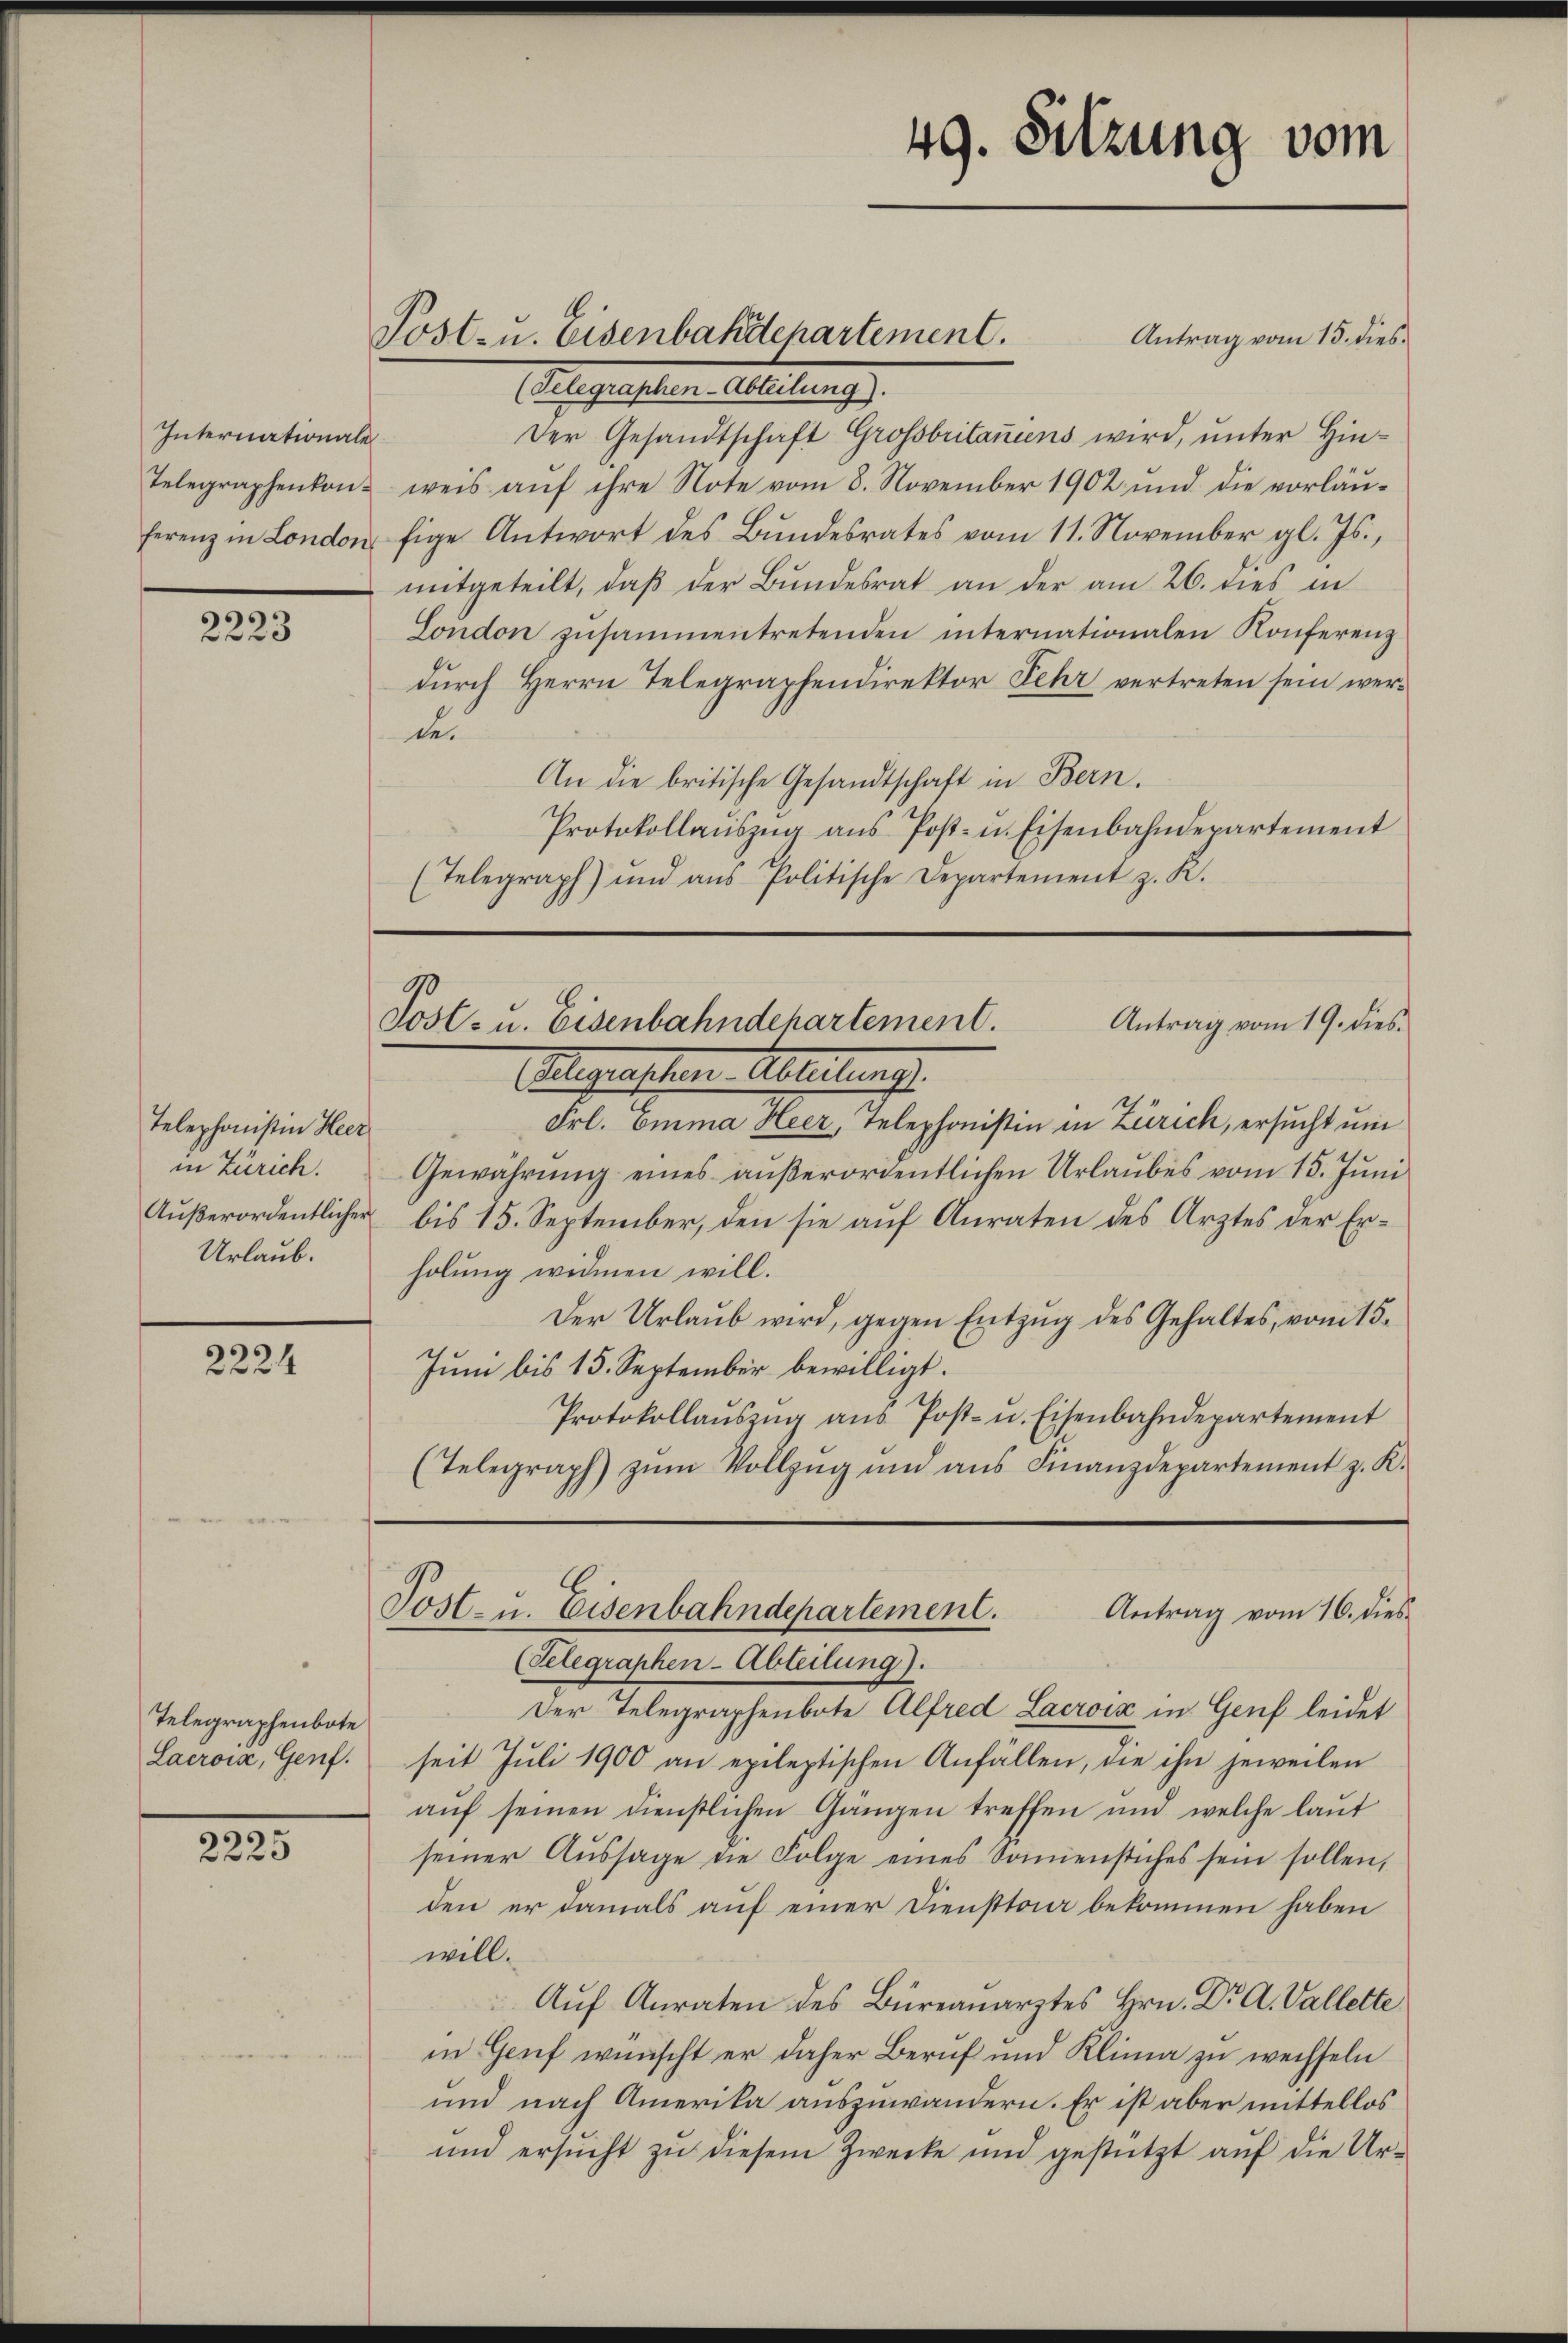
Internationale

2223

Telephonistin Heer
in Zürich.
Urlaub.

2224

Telegraphenbote
Lacrois, Genf.

39.
2223

Antrag vom 15. dies¬
(Telegraphen-Abteilung).
Der Gesandtschaft Grossbritaniens wird, unter Hin¬
Telegraphenkon weis aŭf ihre Note vom 8. November 1902 und die vorläŭ-
ferenz in London fige Antwort des Bŭndesrates vom 11. November gl. Js.,
mitgeteilt, daβ der Bundesrat an der am 26. dies in
London zusammentretenden internationalen Konferenz
durch Herrn Telegraphendirektor Fehr vertreten sein werden
An die britische Gesandtschaft in Bern.
Protokollaŭszŭg aŭs Post- u. Eisenbahndepartement
(Telegraph) und aŭs Politische Departement z. K.

Post- u. Eisenbahdepartement.

Antrag vom 19. dies
Post- u. Eisenbahndepartement.
legenstern Abteilung.

Frl. Emma Heer, Telephonistin in Zürich, ersucht um
Gewährung eines außerordentlichen Urlaubes vom 15. Juni
Außerordentlicher bis 15. September, den sie auf Anraten des Arztes der Erholung widmen will.
Der Urlaub wird, gegen Entzug des Gehaltes, vom 15.
Juni bis 15. September bewilligt.
Protokollaŭszŭg aŭs Post- u. Eisenbahndepartement
(Telegraph) zŭm Vollzŭg und ans Finanzdepartement z. K.

49. Sitzung vom

Post- u. Eisenbahndepartement.
Antrag vom 16. dies

(Telegraphen-Abteilung).
Der Telegraphenbote Alfred Lacroix in Genf leidet
seit Juli 1900 an epileptischen Anfällen, die ihn jeweilen
aŭf seinen dienstlichen Gängen treffen und welche laŭt
seiner Aŭssage die Folge eines Sonnenstiches sein sollen,
den er damals auf einer Diensttra bekommen haben
will.
Aŭf Anraten des Büreauarztes Hrn. Dr A. Vallette
in Genf wünscht er daher Beruf und Klima zu wechseln
und nach Amerika auszuwändern. Er ist aber mittellos
und ersŭcht zŭ diesem Zwecke und gestützt aŭf die Ur-